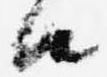
由